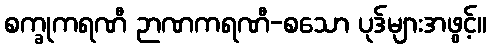
စက္ခုကရဏီ ဉာဏကရဏီ-စသော ပုဒ်များအဖွင့်။